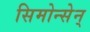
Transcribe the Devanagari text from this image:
सिमोन्सेन्